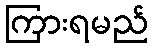
ကြားရမည်